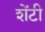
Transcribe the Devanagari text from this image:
शेंटी